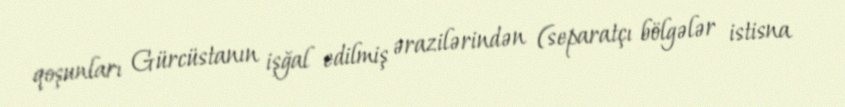
qoşunları Gürcüstanın işğal edilmiş ərazilərindən (separatçı bölgələr istisna